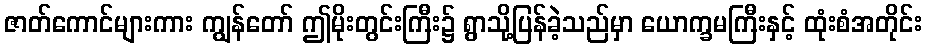
ဇာတ်ကောင်များကား ကျွန်တော် ဤမိုးတွင်းကြီး၌ ရွာသို့ပြန်ခဲ့သည်မှာ ယောက္ခမကြီးနှင့် ထုံးစံအတိုင်း